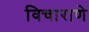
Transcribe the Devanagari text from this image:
विचाराणे